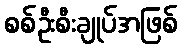
စစ်ဦးစီးချုပ်အဖြစ်